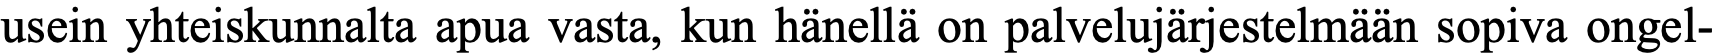
usein yhteiskunnalta apua vasta, kun hänellä on palvelujärjestelmään sopiva ongel-